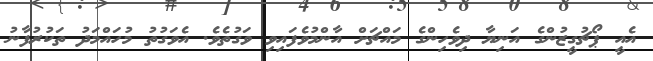
އެއީ ޕޯޗުގީޒުންގެ އަނިޔާ ދިވެހިންގެ މައްޗަށް އާންމުވެފައިވި ވަގުތެވެ. އެވަގުތު މުހައްމަދު ތަކުރުފާނު